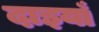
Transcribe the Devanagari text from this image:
दाइयाँ